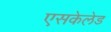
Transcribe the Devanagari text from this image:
एसकेलेड